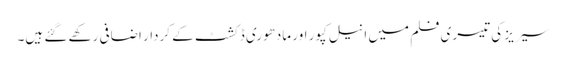
سیریز کی تیسری فلم میں انیل کپور اور مادھوری ڈکشٹ کے کردار اضافی رکھے گئے ہیں۔